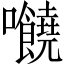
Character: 𡆁